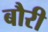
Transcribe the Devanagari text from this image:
बौरी